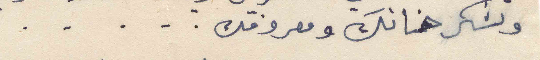
وتشكر حنانك ومعروفك ....